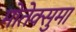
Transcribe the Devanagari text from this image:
मोतेक्सुमा